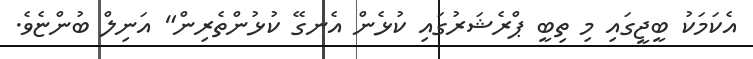
އެކަމަކު ބީޖީގައި މި ތިބީ ޕްރެޝަރުގައި ކުޅެން އެނގޭ ކުޅުންތެރިން" އަނިލް ބުންޏެވެ.